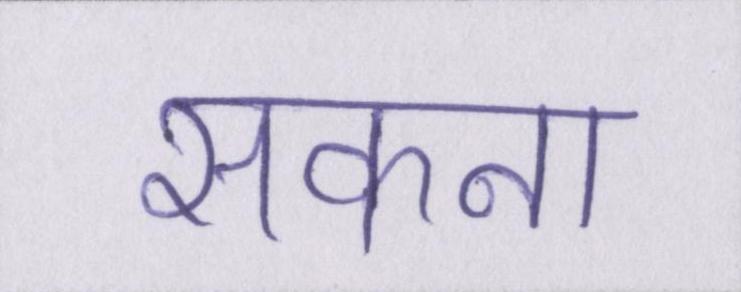
सकना